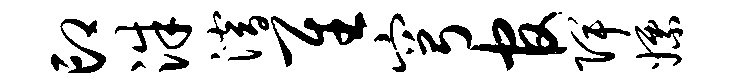
印洙潜隹穹官陴嫖